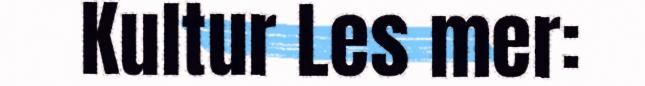
Kultur Les mer: